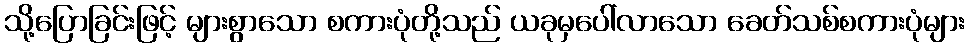
သို့ပြောခြင်းဖြင့် များစွာသော စကားပုံတို့သည် ယခုမှပေါ်လာသော ခေတ်သစ်စကားပုံများ